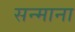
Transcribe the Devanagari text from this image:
सन्माना